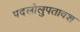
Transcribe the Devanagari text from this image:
पदलोलुपतावश